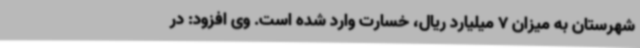
شهرستان به میزان 7 میلیارد ریال، خسارت وارد شده است. وی افزود: در